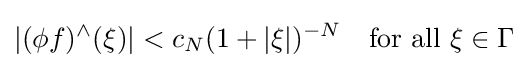
|(\phi f)^{\wedge }(\xi )|<c_{N}(1+|\xi |)^{-N}\quad {\rm {for~all}}\ \xi \in \Gamma